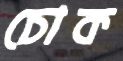
চোক